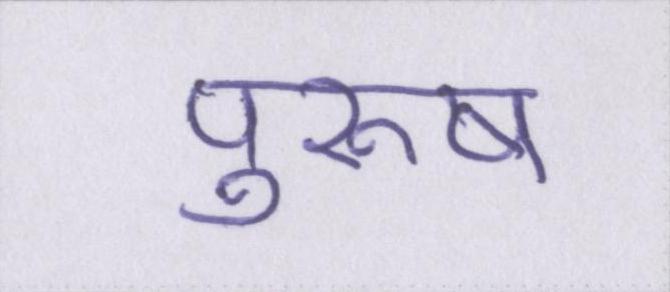
पुरूष